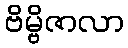
ဗိမ္ဗိဇာလာ